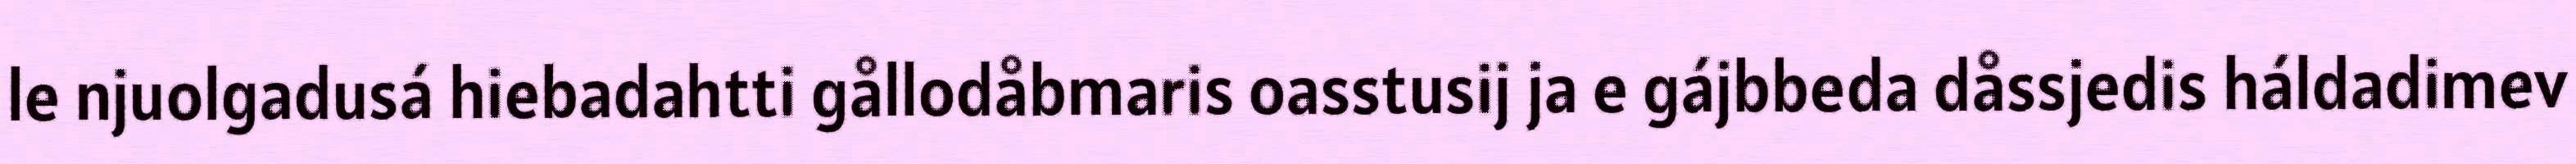
le njuolgadusá hiebadahtti gållodåbmaris oasstusij ja e gájbbeda dåssjedis háldadimev